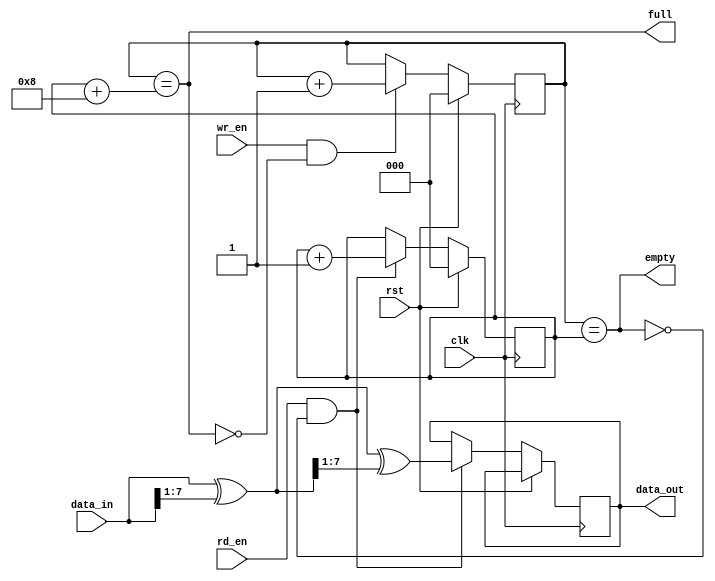
module gray_fifo (
    input wire clk,
    input wire rst,
    input wire wr_en,
    input wire rd_en,

    input wire [7:0] data_in,
    output wire [7:0] data_out,

    output wire full,
    output wire empty
);

// Parameter definitions
parameter DEPTH = 8;

// Internal signals
reg [7:0] memory [0:DEPTH-1];
reg [7:0] data_out;

reg [2:0] read_pointer;
reg [2:0] write_pointer;

reg [7:0] gray_in;
reg [7:0] gray_out;

// Write data to FIFO
always @(posedge clk) begin
    if (rst) begin
        write_pointer <= 3'b000;
    end else begin
        if (wr_en && !full) begin
            memory[write_pointer] <= gray_in;
            write_pointer <= write_pointer + 1;
        end
    end
end

// Read data from FIFO
always @(posedge clk) begin
    if (rst) begin
        read_pointer <= 3'b000;
    end else begin
        if (rd_en && !empty) begin
            data_out <= gray_out;
            read_pointer <= read_pointer + 1;
        end
    end
end

// FIFO status
assign full = write_pointer == read_pointer + DEPTH;
assign empty = write_pointer == read_pointer;

// Gray code encoder and decoder
always @(*) begin
    gray_in = data_in ^ (data_in >> 1);
    gray_out = gray_in ^ (gray_in >> 1);
end

endmodule